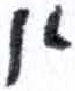
אות: א